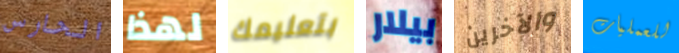
الحارس لهذا بتعليمك بيلار والآخرين للعمليات